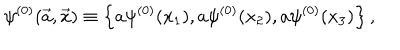
\psi ^ { ( 0 ) } ( \vec { a } , \vec { x } ) \equiv \left\{ a \psi ^ { ( 0 ) } ( x _ { 1 } ) , a \psi ^ { ( 0 ) } ( x _ { 2 } ) , a \psi ^ { ( 0 ) } ( x _ { 3 } ) \right\} ,